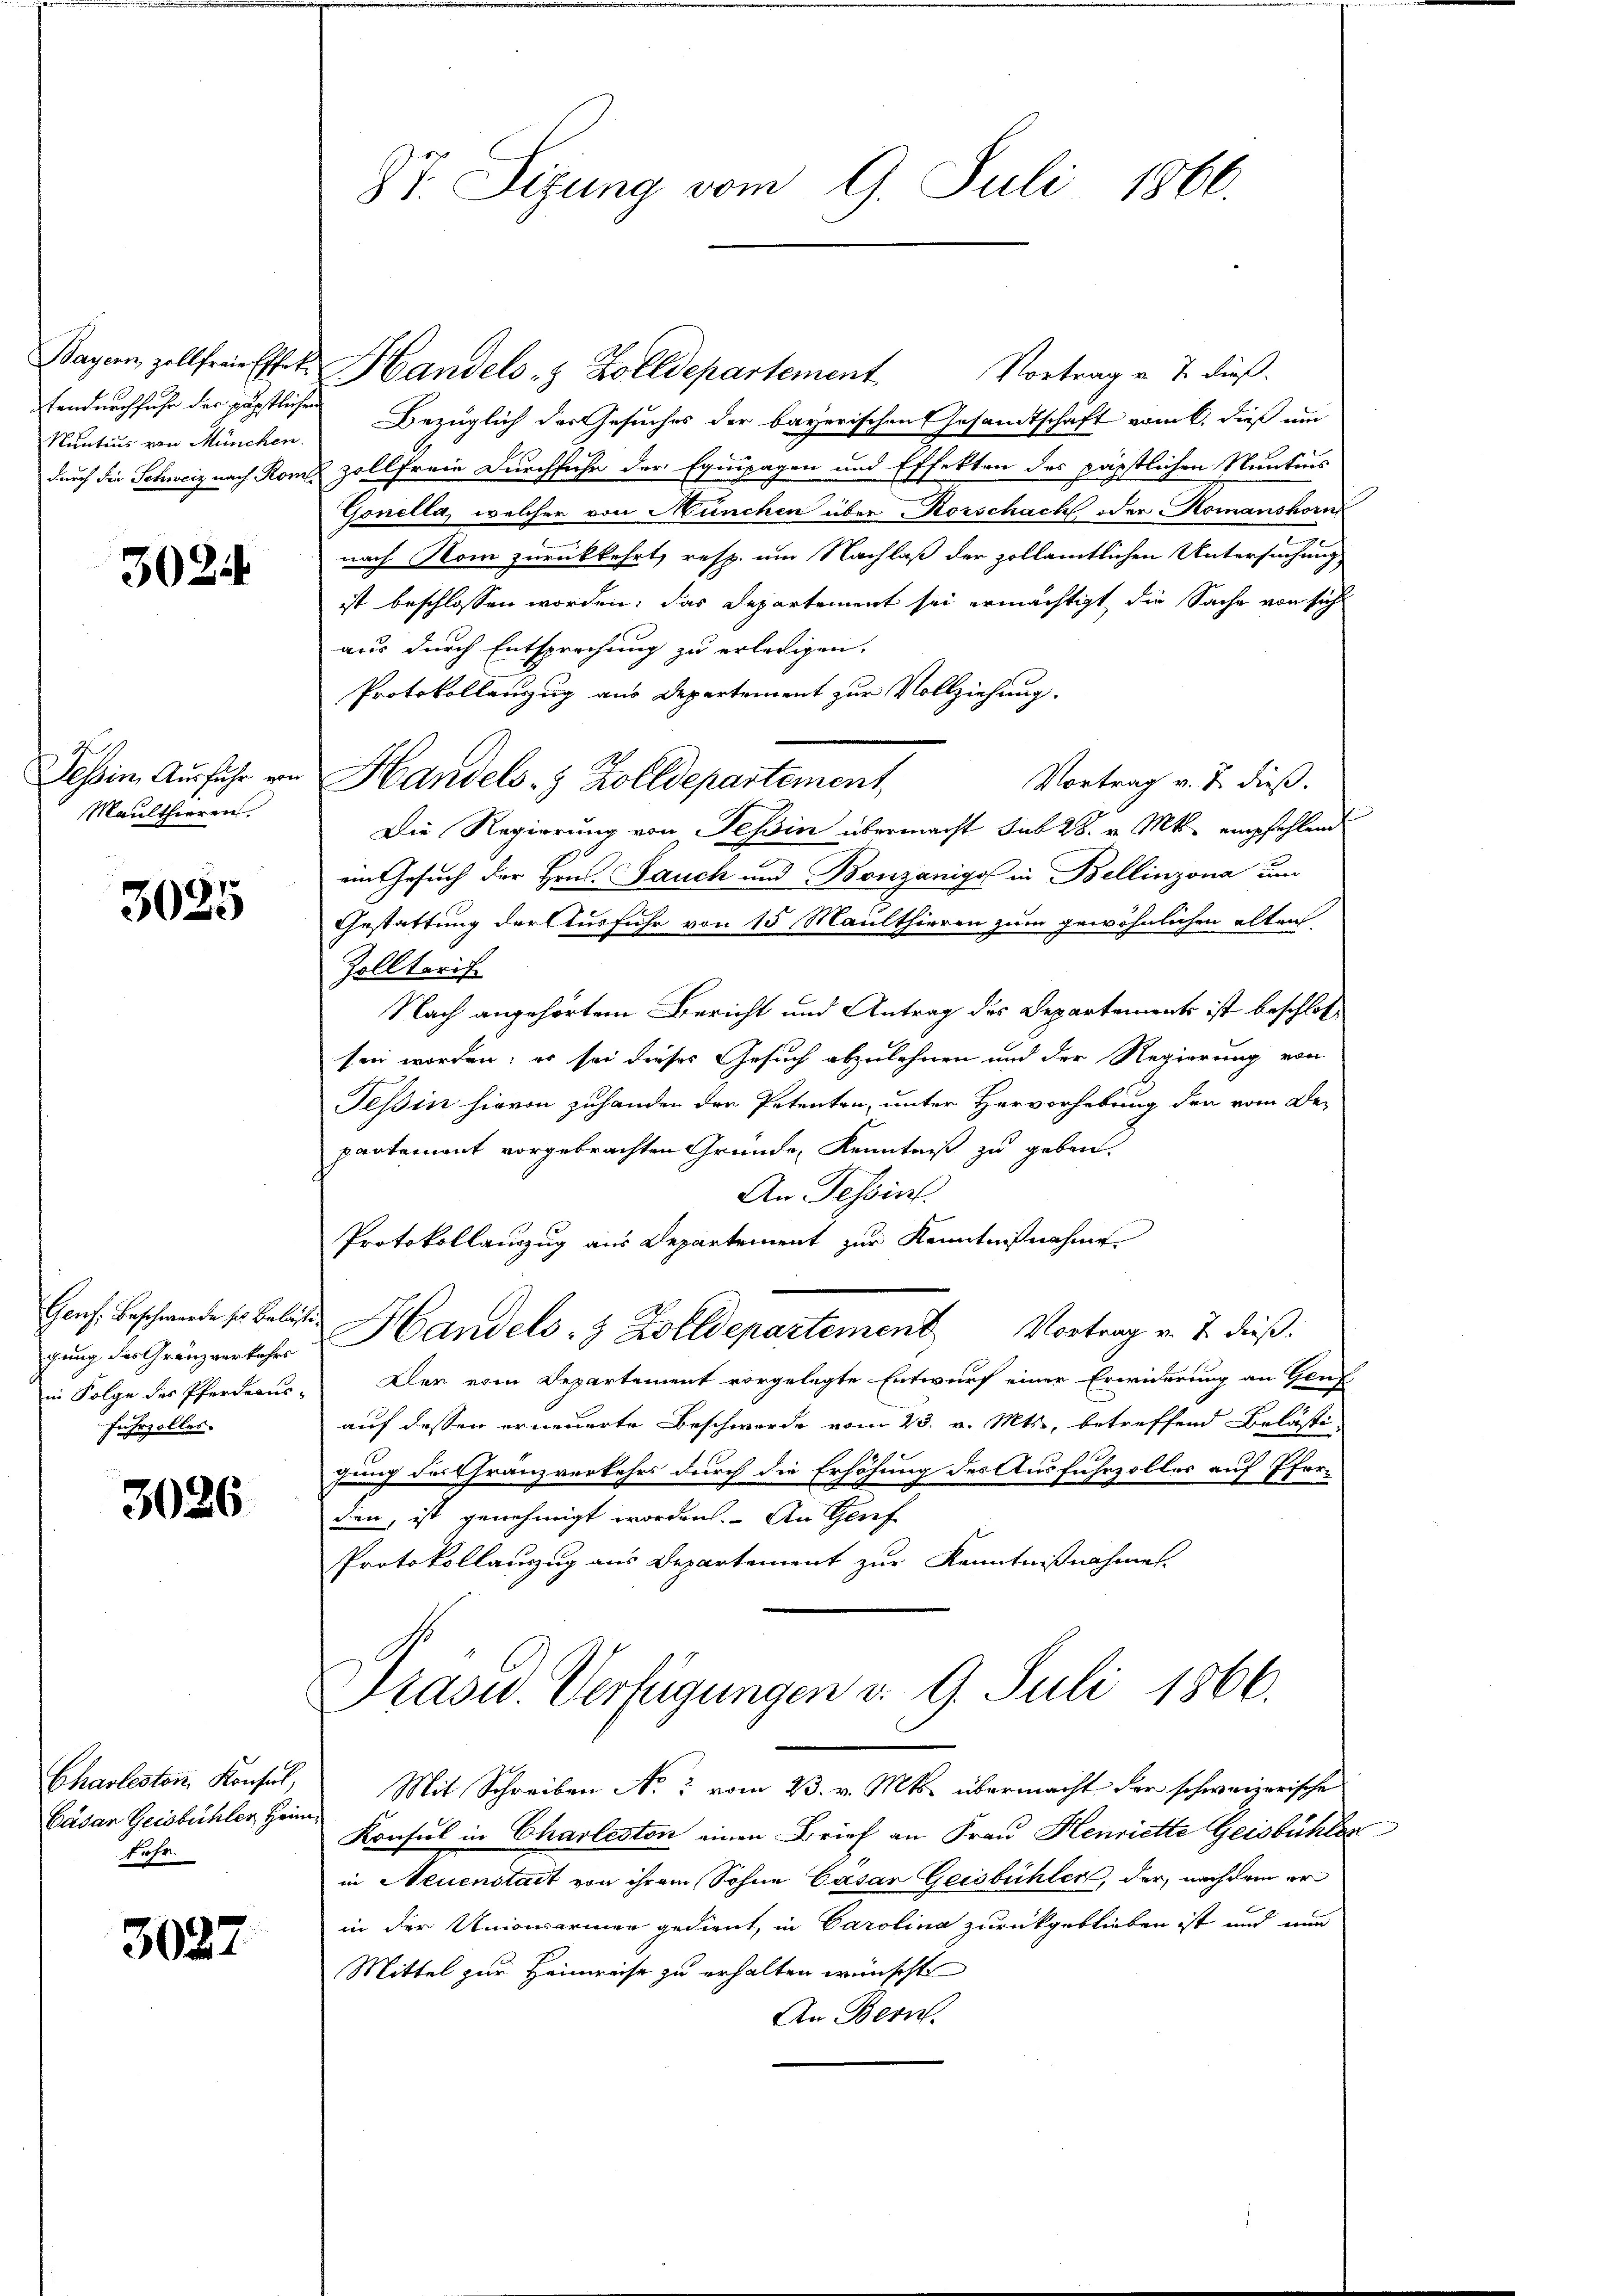
tendurchfuhr der päpstlichen
Nuntius von München.

3024

Tessin Ausfuhr von
Maulthieren

3025

Genf. Beschwerde sich Belaste
Fuhrzolles.

3026

Cäsar Geisbühler Heim
Fahr

3027

Bayern, zollfreie Effet. Handels- & Zolldepartement
Vortrag v. J. dieß.
Bezüglich der Gesuches der bayerischen Gesandtschaft vom 6. dieß um
durch die Schweiz nach Rome zollfreie Durchsuche der Equipagen und Effekten des päpstlichen Neutens
Gonella, welcher von München über Rorschach oder Komanshorn
nach Rom zurückkehrt, resp. um Nachlaß der zollämtlichen Untersuchung
ist beschlossen worden; das Departement sei ermächtigt, die Sache von sich
aus durch Entsprechung zu erledigen.
Protokollenzug aus Departement zur Vollziehung.
Vortrag v. J. dieß.
Handels- & Zolldepartement
Die Regierung von Tessin übermacht sub 28. v. Mts. empfehlend
ein Gesuch der Hrn. Jauch und Bonzanigo in Bellinzona um
Gestattung der Ausfuhr von 15 Maulthieren zum gewöhnlichen alten,
Zollteris
Nach angehörtem Bericht und Antrag des Departements ist beschloßsen worden; er sei dieses Gesuch abzulehnen und der Regierung von
Tessin hievon zuhanden der Petenten, unter Hervorhebung der vom Departement vorgebrachten Gründe, Kenntniß zu geben.
An Tessin.
Protokollauszug aus Departement zur Kenntnißnahme
gung der Gränzenter Handels- & Zolldepartement Vortrag v. J. dieß.
in Folge des Pferderus. Der vom Departement vorgelegte Entwurf einer Erwiderung an Gend-
auf dessen erneuerte Beschwerde vom 23. v. Mts., betreffend Belästi-
gung des Gränzverkehrs durch die Erhöhung des Ausfuhrzoller auf Pfarden, ist genehmigt worden. An Genf
Protokollauszug aus Departement zur Kenntnißnahmes.
Drasu. Verfügungen d. 9. Juli 1866.
Chasleston, Konsul, Mit Schreiben No 5 vom 23. v. Mts. übermacht der schweizerische
Konsul in Charleston einen Brief an Frau Henriette Geistühler
in Neuenstalt von ihrem Sohne Cäsar Geisbühler, der, nachdem er
in der Unionsarmen gedient, in Carolina zurückgeblieben ist und nun
Mittel zur Heimreise zu erhalten wünscht
An Bern.

87. Sizung vom 9. Juli 1866.